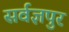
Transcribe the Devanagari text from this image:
सर्वज्ञपुर